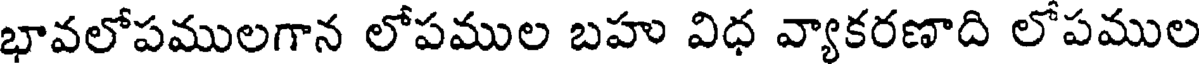
భావలోపములగాన లోపముల బహు విధ వ్యాకరణాది లోపముల